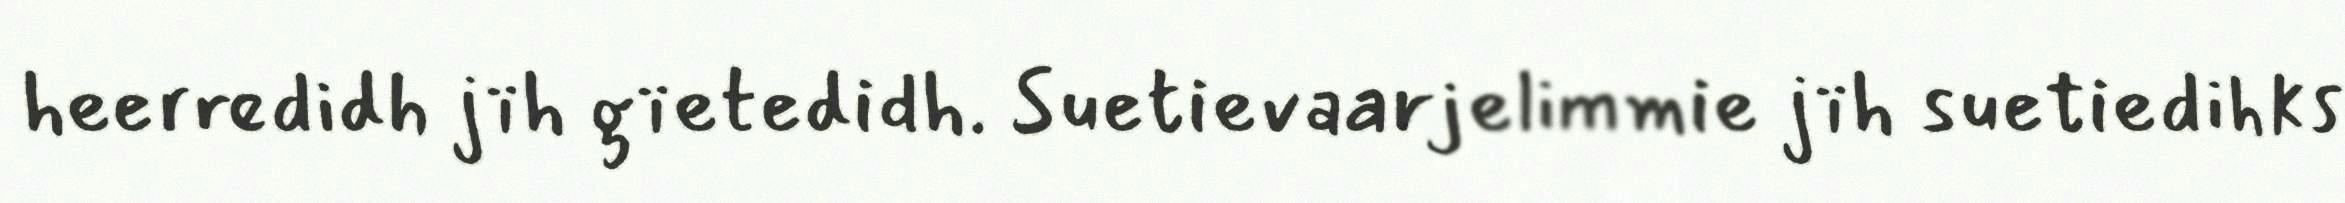
heerredidh jïh gïetedidh. Suetievaarjelimmie jïh suetiedihks